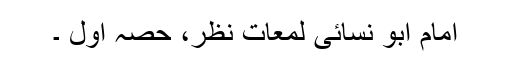
امام ابو نسائی لمعاتِ نظر، حصہ اول ۔